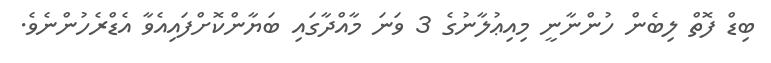
ބިޑް ފޮތް ލިބެން ހުންނާނީ މިއިޢުލާނުގެ 3 ވަނަ މާއްދާގައި ބަޔާންކޮށްފައިއެވާ އެޑްރެހުންނެވެ.